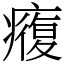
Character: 癁